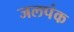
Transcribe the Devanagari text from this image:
जलपंक